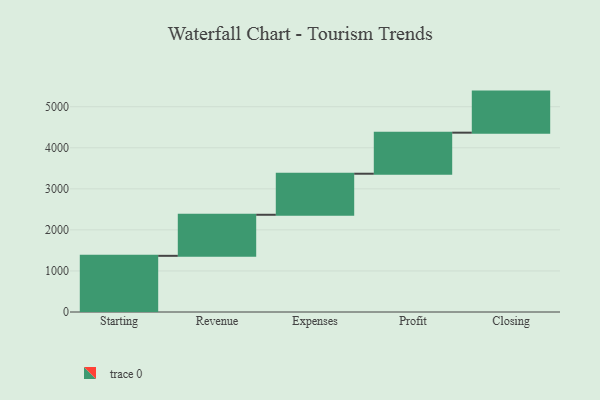
{"axis": {"x": "Step", "y": "Value"}, "legend": [""], "data": [{"x": "Starting", "y": 1368.0, "type": ""}, {"x": "Revenue", "y": 1000, "type": ""}, {"x": "Expenses", "y": 1000, "type": ""}, {"x": "Profit", "y": 1000, "type": ""}, {"x": "Closing", "y": 1000, "type": ""}]}